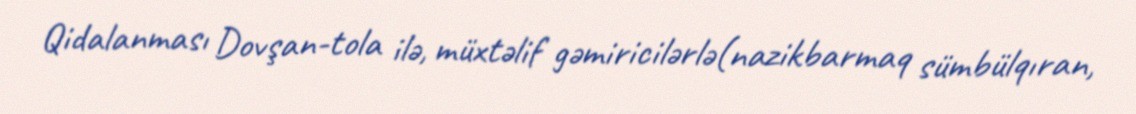
Qidalanması Dovşan-tola ilə, müxtəlif gəmiricilərlə(nazikbarmaq sümbülqıran,